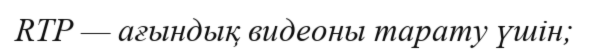
RTP — ағындық видеоны тарату үшін;